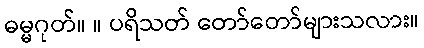
ဓမ္မဂုတ်။ ။ ပရိသတ် တော်တော်များသလား။